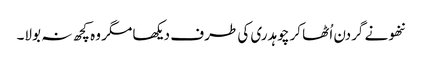
ننھو نے گردن اُٹھا کر چوہدری کی طرف دیکھا مگر وہ کچھ نہ بولا۔